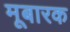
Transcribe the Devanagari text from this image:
मूबारक